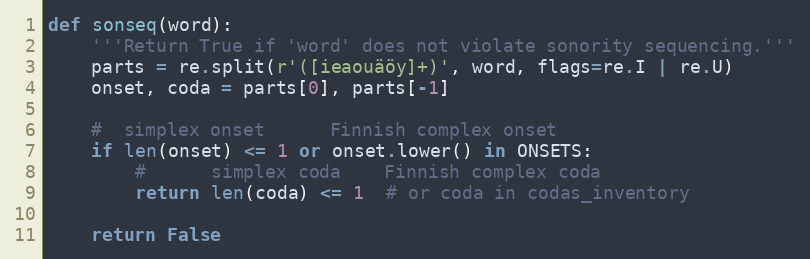
Language: Python
def sonseq(word):
    '''Return True if 'word' does not violate sonority sequencing.'''
    parts = re.split(r'([ieaouäöy]+)', word, flags=re.I | re.U)
    onset, coda = parts[0], parts[-1]

    #  simplex onset      Finnish complex onset
    if len(onset) <= 1 or onset.lower() in ONSETS:
        #      simplex coda    Finnish complex coda
        return len(coda) <= 1  # or coda in codas_inventory

    return False